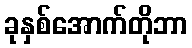
ခုနှစ်အောက်တိုဘာ